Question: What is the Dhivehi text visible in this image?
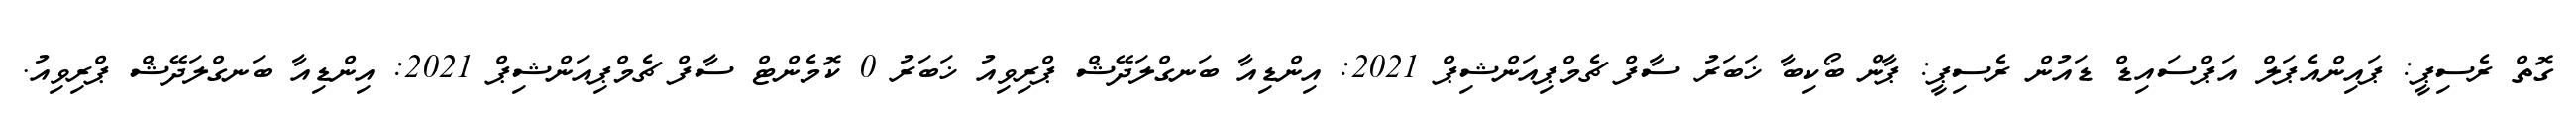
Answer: ގޮތް ރެސިޕީ: ޕައިންއެޕަލް އަޕްސައިޑް ޑައުން ރެސިޕީ: ޕާން ބޯކިބާ ޚަބަރު ސާފް ޗެމްޕިއަންޝިޕް 2021: އިންޑިއާ ބަނގްލަދޭޝް ޕްރިވިއު ޚަބަރު 0 ކޮމެންޓް ސާފް ޗެމްޕިއަންޝިޕް 2021: އިންޑިއާ ބަނގްލަދޭޝް ޕްރިވިއު.